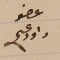
عضو داود عسى